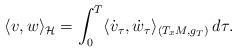
LaTeX: \begin{align*} \langle v,w \rangle_{\mathcal{H}}=\int_{0}^{T} \langle \dot{v}_\tau,\dot{w}_\tau \rangle_{(T_xM,g_T)}\, d\tau.\end{align*}